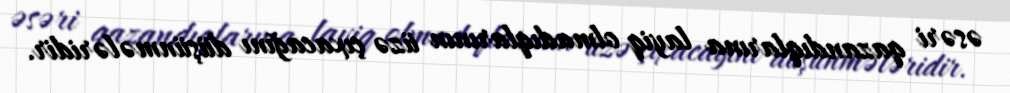
əsəri qazandıqlarına layiq olmadıqlarının üzə çıxacağını düşünmələridir.